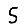
Digit: 5